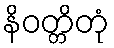
နိဝတ္တိတုံ